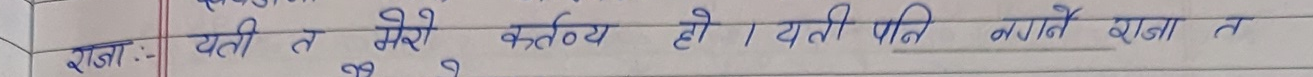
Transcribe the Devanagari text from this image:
रामा:-। यती त मेरो कर्तव्य हो । यती पनि नगर्ने राजा त